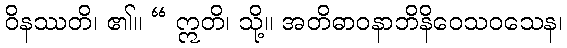
ဝိနဿတိ၊ ၏။ “ ဣတိ၊ သို့။ အတိဓာဝနာဘိနိဝေသဝသေန၊